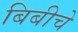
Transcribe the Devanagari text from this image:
बिबीचे